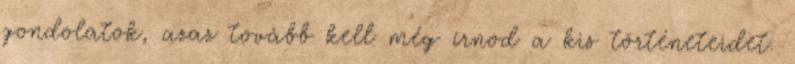
gondolatok, azaz tovább kell még írnod a kis történeteidet.